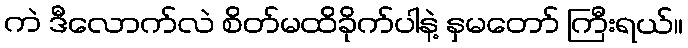
ကဲ ဒီလောက်လဲ စိတ်မထိခိုက်ပါနဲ့ နှမတော် ကြီးရယ်။